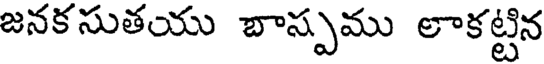
జనకసుతయు బాస్పము లాకట్టిన